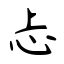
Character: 忐